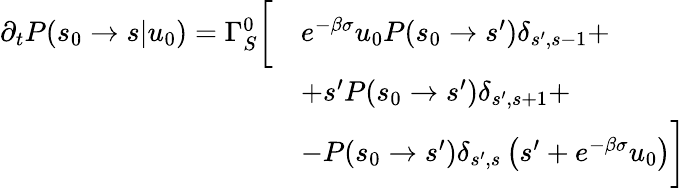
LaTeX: \begin{array}{rl}{\partial_{t}P(s_{0}\to s|u_{0})=\Gamma_{S}^{0}\biggl[}&{e^{-\beta\sigma}u_{0}P(s_{0}\to s^{\prime})\delta_{s^{\prime},s-1}+}\\ &{+s^{\prime}P(s_{0}\to s^{\prime})\delta_{s^{\prime},s+1}+}\\ &{-P(s_{0}\to s^{\prime})\delta_{s^{\prime},s}\left(s^{\prime}+e^{-\beta\sigma}u_{0}\right)\biggr]}\end{array}